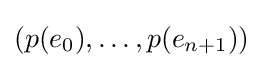
\left(p(e_{0}),\ldots ,p(e_{n+1})\right)